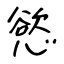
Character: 慾